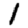
Digit: 1